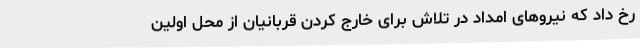
رخ داد که نیروهای امداد در تلاش برای خارج کردن قربانیان از محل اولین